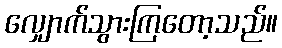
လျှောက်သွားကြတော့သည်။